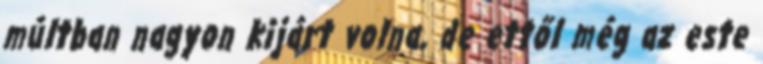
múltban nagyon kijárt volna, de ettől még az este